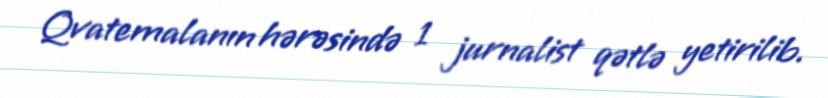
Qvatemalanın hərəsində 1 jurnalist qətlə yetirilib.